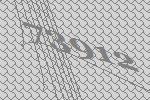
73912